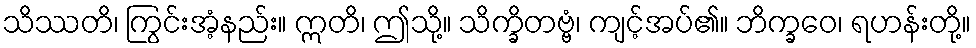
သိဿတိ၊ ကြွင်းအံ့နည်း။ ဣတိ၊ ဤသို့။ သိက္ခိတဗ္ဗံ၊ ကျင့်အပ်၏။ ဘိက္ခဝေ၊ ရဟန်းတို့။